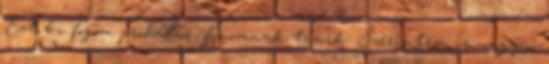
Ezt ki fogom próbálni, finomnak tűnik. Szerintem is nagyon